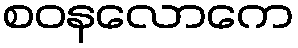
စဝနလောကေ